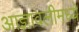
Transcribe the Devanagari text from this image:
आज्ञावलीमध्ये